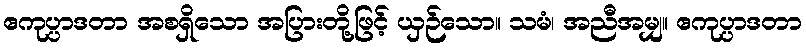
ဧကုပ္ပာဒတာ အစရှိသော အပြားတို့ဖြင့် ယှဉ်သော။ သမံ၊ အညီအမျှ။ ဧကုပ္ပာဒတာ